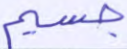
جسيم